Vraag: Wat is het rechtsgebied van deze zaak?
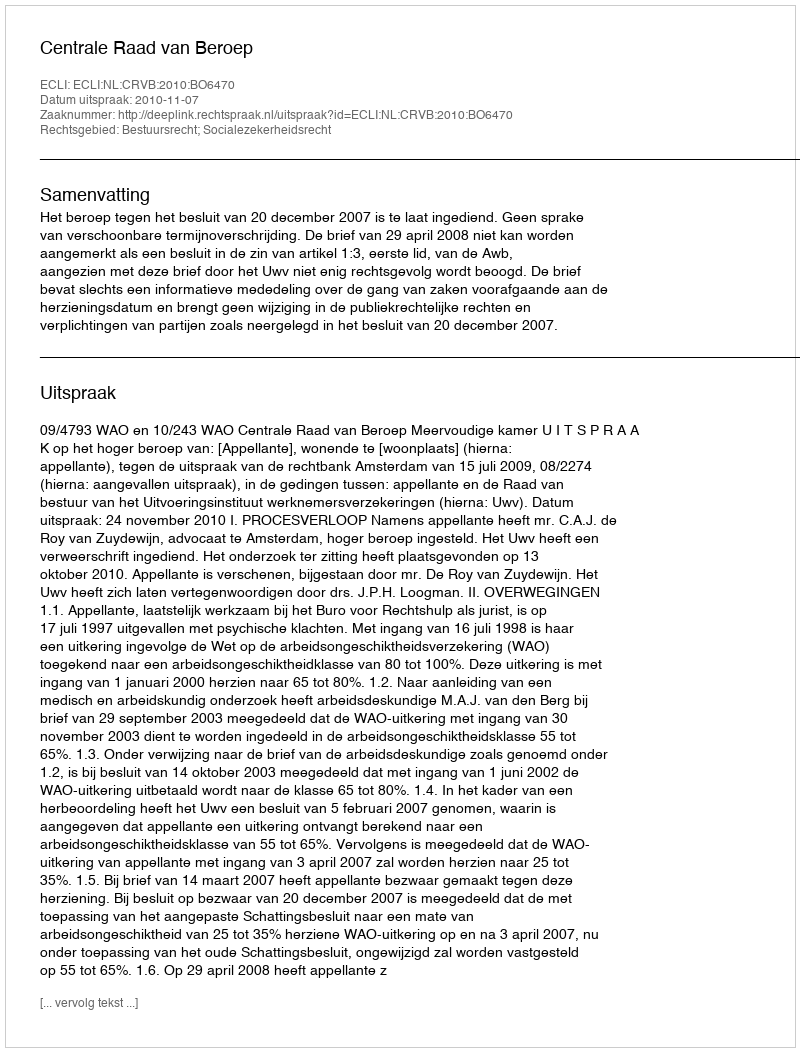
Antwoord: Bestuursrecht; Socialezekerheidsrecht